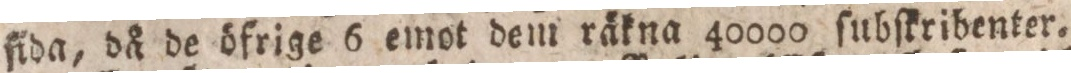
ſida, då de öfrige 6 emot dem räkna 40000 ſubſkribenter.